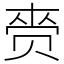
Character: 赍